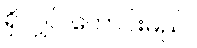
ရှိလျှင် ကောင်းမည်။